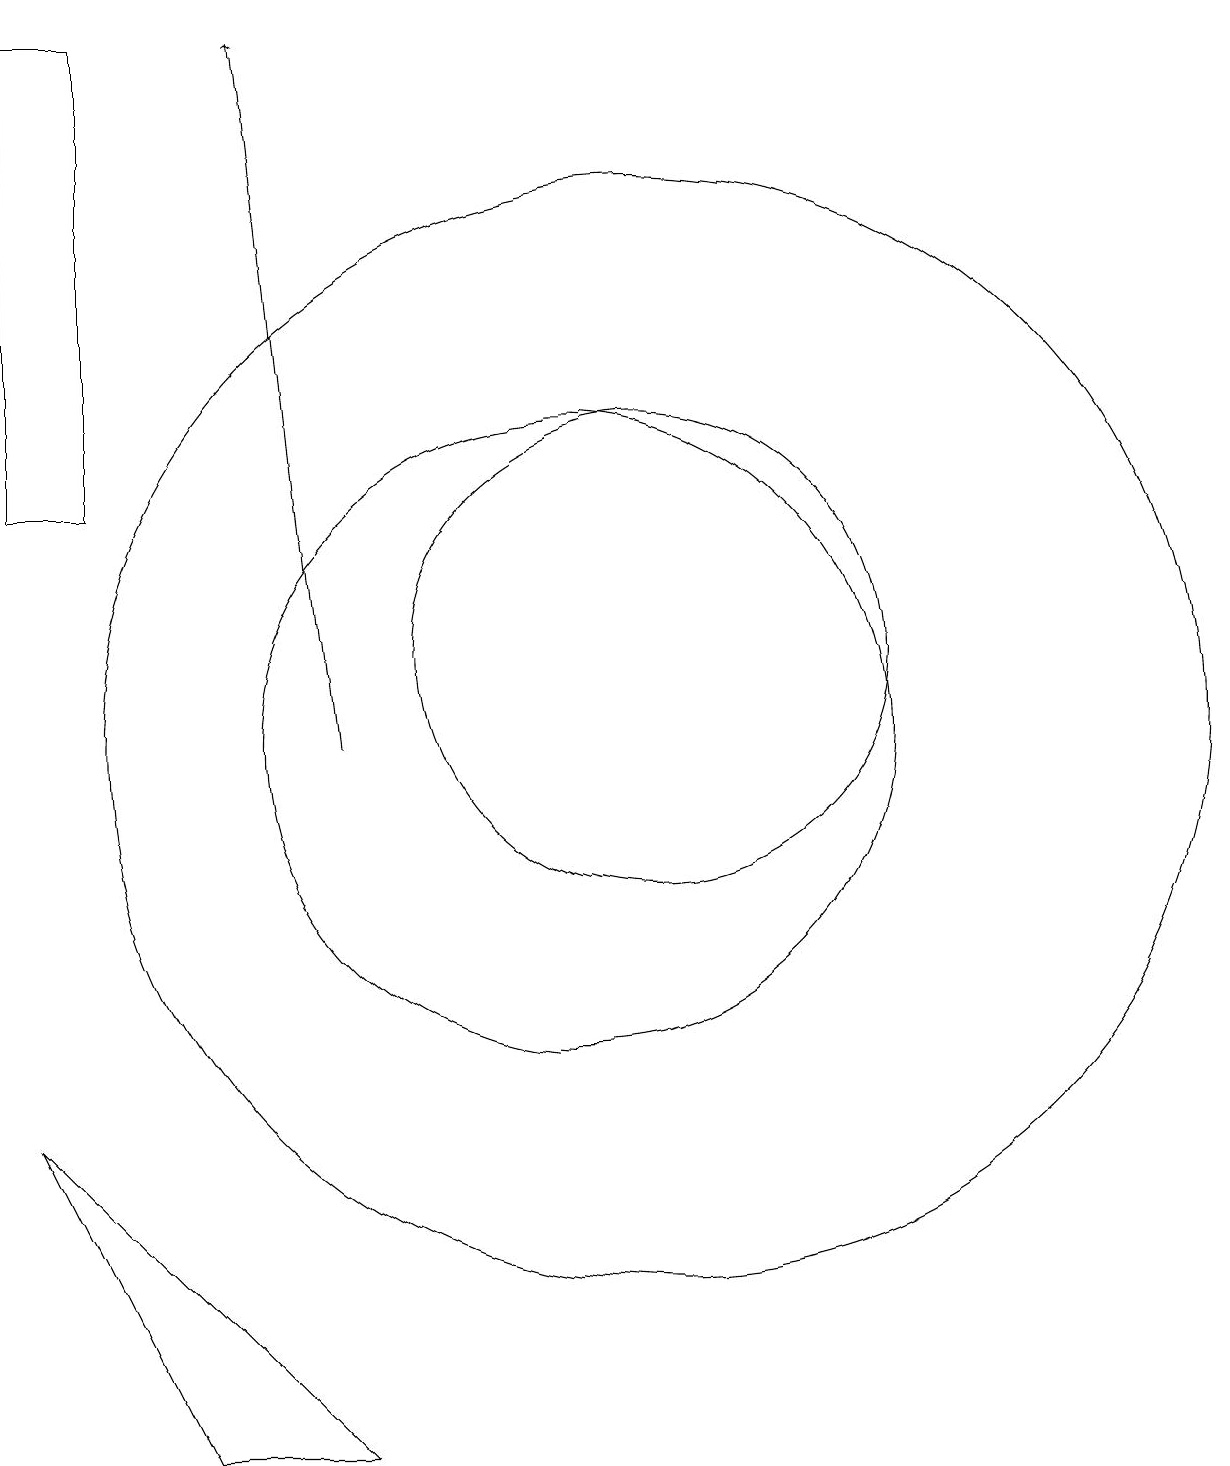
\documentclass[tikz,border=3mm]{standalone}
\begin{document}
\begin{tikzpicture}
\draw (11,10) circle (7);
\draw (3,5) -- (5,1) -- (7,1) -- cycle;
\draw (10,10) circle (4);
\draw (11,11) circle (3);
\draw[->] (7,10) -- (6,19);
\draw (3,19) rectangle (4,13);
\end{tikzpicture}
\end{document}